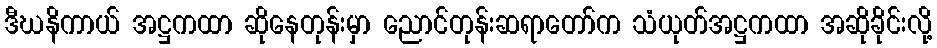
ဒီဃနိကာယ် အဋ္ဌကထာ ဆိုနေတုန်းမှာ ညောင်တုန်းဆရာတော်က သံယုတ်အဋ္ဌကထာ အဆိုခိုင်းလို့